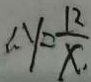
\therefore y = \frac { 1 2 } { x . }